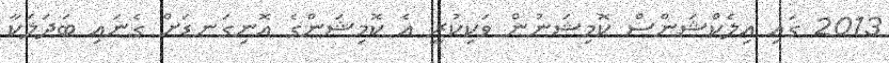
2013 ގައި އިލެކްޝަންސް ކޮމިޝަނުން ވަކިކުރީ އެ ކޮމިޝަންގެ އޮނިގަނޑަށް ގެނައި ބަދަލަކާ